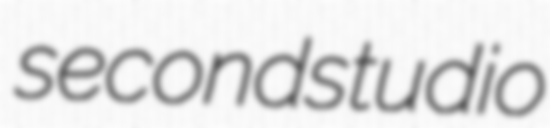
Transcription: second studio